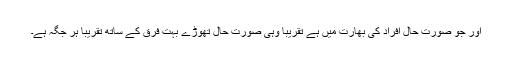
اور جو صورت حال افراد کی بھارت میں ہے تقریبا وہی صورت حال تھوڑے بہت فرق کے ساتھ تقریبا ہر جگہ ہے۔